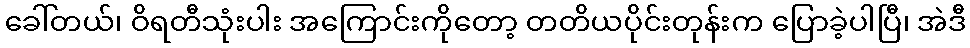
ခေါ်တယ်၊ ဝိရတီသုံးပါး အကြောင်းကိုတော့ တတိယပိုင်းတုန်းက ပြောခဲ့ပါပြီ၊ အဲဒီ